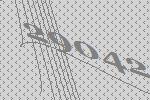
29042